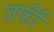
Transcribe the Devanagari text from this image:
तर्फी